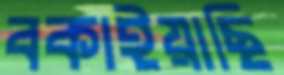
বকাইয়াছি